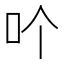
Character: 𠮶